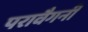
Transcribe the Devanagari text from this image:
परावैगनी